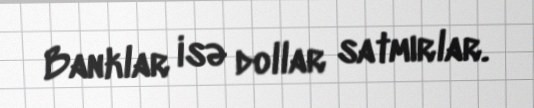
Banklar isə dollar satmırlar.